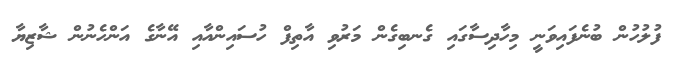
ފުލުހުން ބުނެފައިވަނީ މިހާދިސާގައި ގެނބިގެން މަރުވި އާތިފް ހުސައިންއާއި އޭނާގެ އަންހެނުން ޝާޒިޔާ